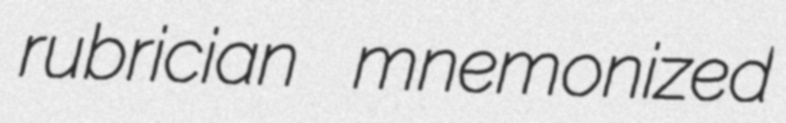
rubrician mnemonized